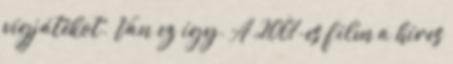
vígjátékot. Van ez így. A 2001-es film a híres